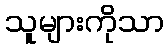
သူများကိုသာ